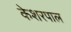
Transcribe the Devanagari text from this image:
केशरपाल